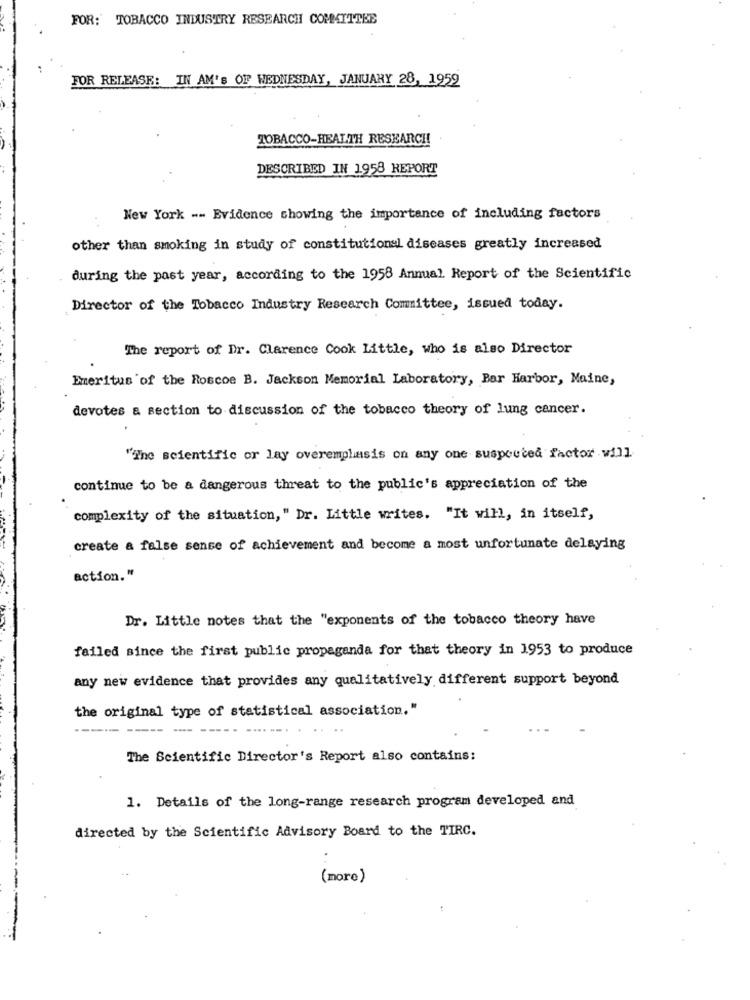
FOR: TOBACCO INDUSTRY RESEARCH COMMITTEE
FOR RELEASE: IN AM's OF WEDNESDAY, JANUARY 28, 1959
TOBACCO-HEALTH RESEARCH
DESCRIBED IN 1958 REPORT
New York -- Evidence showing the importance of including factors
other than smoking in study of constitutional diseases greatly increased
during the past year, according to the 1958 Annual Report of the Scientific
Director of the Tobacco Industry Research Committee, issued today.
The report of Dr. Clarence Cook Little, who is also Director
Emeritus of the Roscoe B. Jackson Memorial Laboratory, Bar Harbor, Maine,
devotes a section to discussion of the tobacco theory of lung cancer.
"The scientific or lay overemphasis on any one suspected factor vill
continue to be a dangerous threat to the public's appreciation of the
complexity of the situation," Dr. Little writes. "It will, in itself,
create a false sense of achievement and become a most unfortunate delaying
action."
Dr. Little notes that the "exponents of the tobacco theory have
failed since the first public propaganda for that theory in 1953 to produce
any new evidence that provides any qualitatively different support beyond
the original type of statistical association."
-----.
The Scientific Director's Report also contains:
1. Details of the long-range research program developed and
directed by the Scientific Advisory Board to the TIRC.
(more)